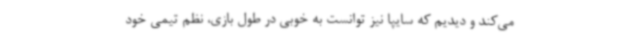
می‌کند و دیدیم که سایپا نیز توانست به خوبی در طول بازی، نظم تیمی خود